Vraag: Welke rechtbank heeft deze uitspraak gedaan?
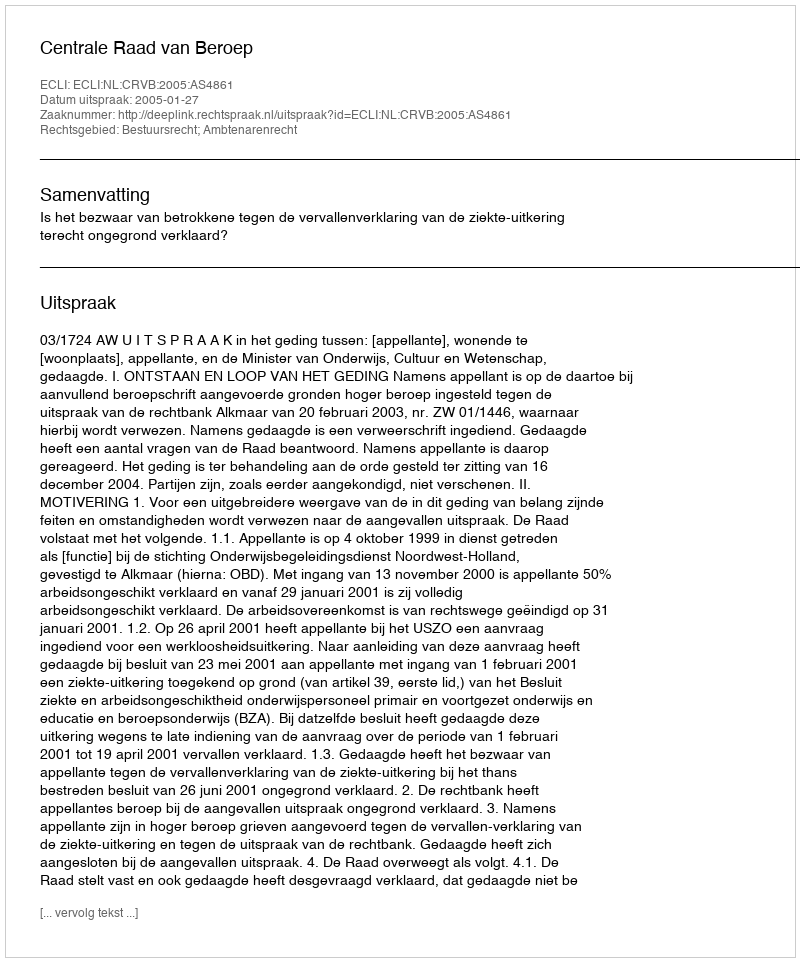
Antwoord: Centrale Raad van Beroep